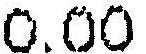
0.00